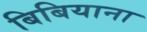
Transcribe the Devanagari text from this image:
बिबियाना